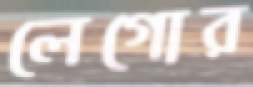
লেগোর